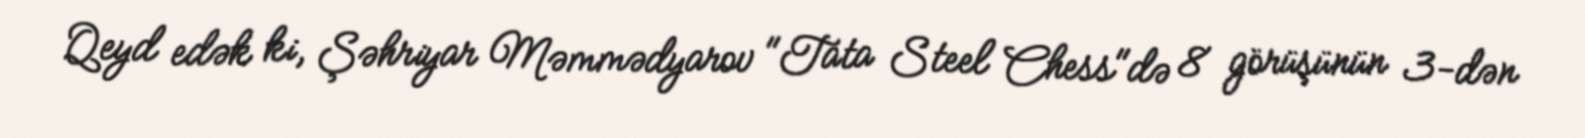
Qeyd edək ki, Şəhriyar Məmmədyarov "Tata Steel Chess"də 8 görüşünün 3-dən